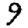
Digit: 9